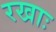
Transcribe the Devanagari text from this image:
रखाः